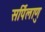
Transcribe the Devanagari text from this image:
सर्पिलाणु